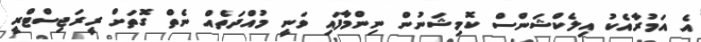
އެ އަމުރާއެކު އިލެކްޝަންސް ކޮމިޝަނުން ނިންމާފައި ވަނީ މުއްދަތެއް ނެތް ގޮތަށް ރީރަޖިސްޓްރީ